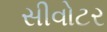
સીવોટર